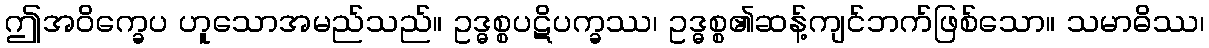
ဤအဝိက္ခေပ ဟူသောအမည်သည်။ ဥဒ္ဓစ္စပဋိပက္ခဿ၊ ဥဒ္ဓစ္စ၏ဆန့်ကျင်ဘက်ဖြစ်သော။ သမာဓိဿ၊